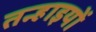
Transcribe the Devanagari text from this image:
तन्हाइयों